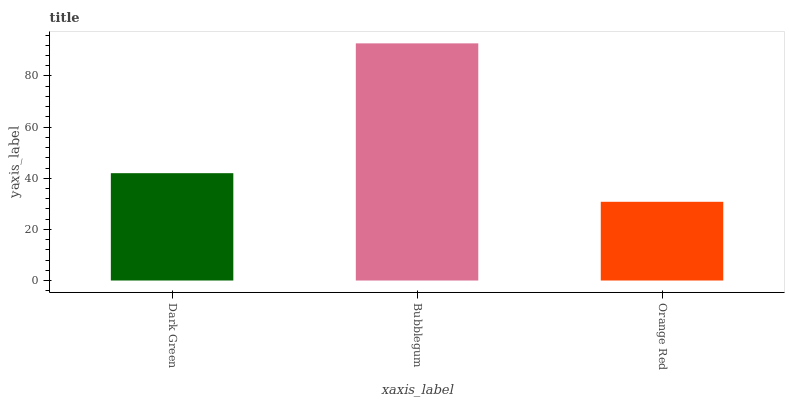
| xaxis_label | bars |
 | --- | --- |
 | Dark Green | 42 |
 | Bubblegum | 92.7 |
 | Orange Red | 30.8 |